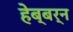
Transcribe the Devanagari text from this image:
हेब्बर्न